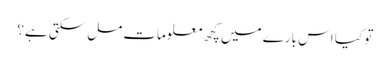
تو کیا اس بارے میں کچھ معلومات مل سکتی ہے؟